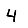
Digit: 4